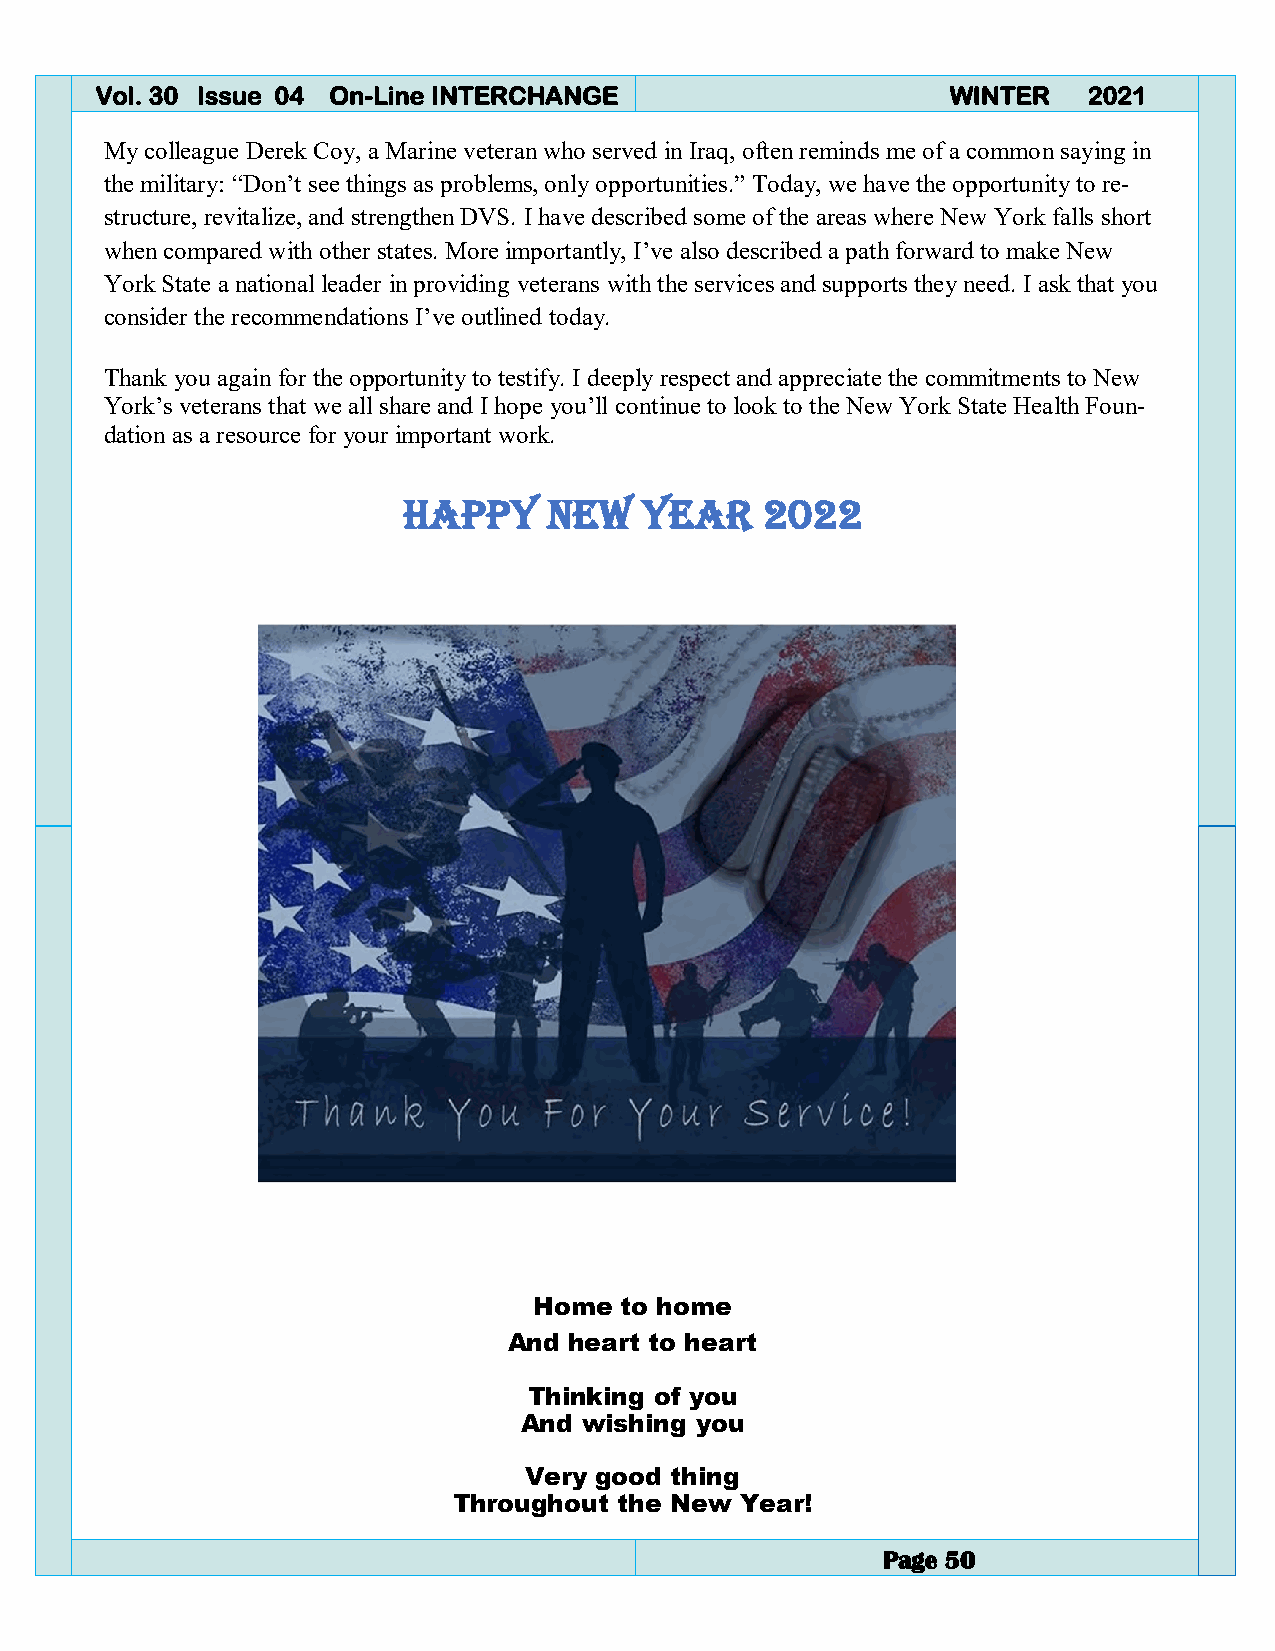
4  Vol. 30 Issue 04 On-Line INTERCHANGE                     WINTER   2021
 My colleague Derek Coy, a Marine veteran who served in Iraq, often reminds me of a common saying in
 the military: “Don’t see things as problems, only opportunities.” Today, we have the opportunity to re-
 structure, revitalize, and strengthen DVS. I have described some of the areas where New York falls short
 when compared with other states. More importantly, I’ve also described a path forward to make New
 York State a national leader in providing veterans with the services and supports they need. I ask that you
 consider the recommendations I’ve outlined today.
 Thank you again for the opportunity to testify. I deeply respect and appreciate the commitments to New
 York’s veterans that we all share and I hope you’ll continue to look to the New York State Health Foun-
 dation as a resource for your important work.
 HAPPY    NEW   YEAR     2022
 Home  to home
 And heart to heart
 Thinking of you
 And  wishing you
 Very good thing
 Throughout the New Year!
 Page 50